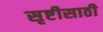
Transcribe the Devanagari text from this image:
सृष्टीसाठी